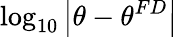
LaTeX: \log_{10}\left|\theta-\theta^{FD}\right|